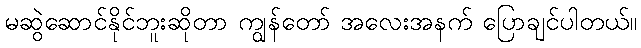
မဆွဲဆောင်နိုင်ဘူးဆိုတာ ကျွန်တော် အလေးအနက် ပြောချင်ပါတယ်။